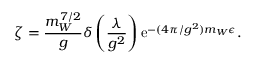
\zeta = \frac { m _ { W } ^ { 7 / 2 } } { g } \delta \left( \frac { \lambda } { g ^ { 2 } } \right) \mathrm { e } ^ { - ( 4 \pi / g ^ { 2 } ) m _ { W } \epsilon } .